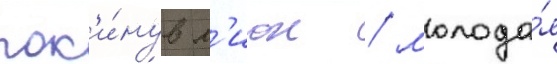
пок'и́нув л'ион / молода́я